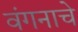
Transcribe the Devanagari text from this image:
वंगनाचे